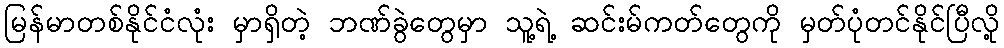
မြန်မာတစ်နိုင်ငံလုံး မှာရှိတဲ့ ဘဏ်ခွဲတွေမှာ သူ့ရဲ့ ဆင်းမ်ကတ်တွေကို မှတ်ပုံတင်နိုင်ပြီလို့